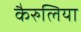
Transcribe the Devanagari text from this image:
कैरुलिया